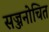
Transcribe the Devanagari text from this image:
सज्जनोचित